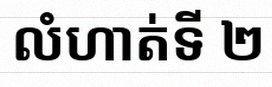
លំហាត់ទី ២